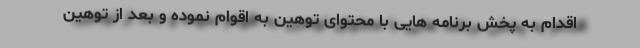
اقدام به پخش برنامه هایی با محتوای توهین به اقوام نموده و بعد از توهین